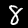
Digit: 8